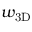
w _ { \mathrm { 3 D } }